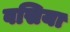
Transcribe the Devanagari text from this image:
वसिया